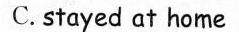
C.stayed at home